Leprosy in India: report of the Leprosy Commission in India, 1890-91
Year: 1890
Disease focus: Leprosy
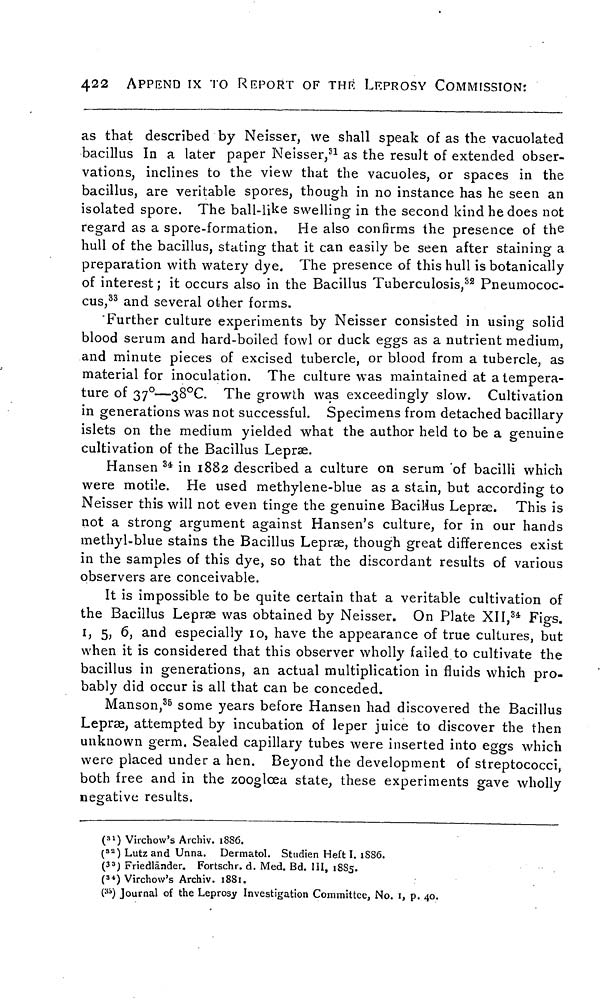
422
APPEND IX TO REPORT OF THE LEPROSY COMMISSION:
as that described by Neisser, we shall speak of as the vacuolated
bacillus In a later paper Neisser, 31 as the result of extended obser-
vations, inclines to the view that the vacuoles, or spaces in the
bacillus, are veritable spores, though in no instance has he seen an
isolated spore. The ball-like swelling in the second kind he does not
regard as a spore-formation. He also confirms the presence of the
hull of the bacillus, stating that it can easily be seen after staining a
preparation with watery dye. The presence of this hull is botanically
of interest ; it occurs also in the Bacillus Tuberculosis, 82 Pneumococ-
cus, 33 and several other forms.
Further culture experiments by Neisser consisted in using solid
blood serum and hard-boiled fowl or duck eggs as a nutrient medium,
and minute pieces of excised tubercle, or blood from a tubercle, as
material for inoculation. The culture was maintained at a tempera-
ture of 37°—38°C. The growth was exceedingly slow. Cultivation
in generations was not successful. Specimens from detached bacillary
islets on the medium yielded what the author held to be a genuine
cultivation of the Bacillus Lepræ.
Hansen 34 in 1882 described a culture on serum of bacilli which
were motile. He used methylene-blue as a stain, but according to
Neisser this will not even tinge the genuine Bacillus Lepræ. This is
not a strong argument against Hansen's culture, for in our hands
methyl-blue stains the Bacillus Lepræ, though great differences exist
in the samples of this dye, so that the discordant results of various
observers are conceivable.
It is impossible to be quite certain that a veritable cultivation of
the Bacillus Lepræ was obtained by Neisser. On Plate XII, 34 Figs.
1, 5, 6, and especially 10, have the appearance of true cultures, but
when it is considered that this observer wholly failed to cultivate the
bacillus in generations, an actual multiplication in fluids which pro-
bably did occur is all that can be conceded.
Manson, 35 some years before Hansen had discovered the Bacillus
Lepræ, attempted by incubation of leper juice to discover the then
unknown germ. Sealed capillary tubes were inserted into eggs which
were placed under a hen. Beyond the development of streptococci,
both free and in the zoogloea state, these experiments gave wholly
negative results.
( 31 ) Virchow's Archiv. 1886.
( 32 ) Lutz and Unna. Dermatol. Studien Heft I. 1886.
(33) Friedländer. Fortschr. d. Med. Bd. III, 1885.
( 34 ) Virchow's Archiv. 1881.
(35) Journal of the Leprosy Investigation Committee, No. 1, p. 40.